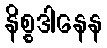
နိစ္စဒါနေန